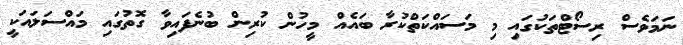
ނަމަވެސް ރިސޯޓްތަކުގައި މި މަސައްކަތްކުރާ ބައެއް މީހުން ކުރިން ބުނެފައިވާ ގޮތުގައި މައްސަލައަކީ